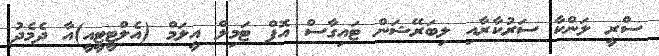
ސްރީ ލަންކާ ސަރުކާރާއި ލިބަރޭޝަން ޓައިގާސް އޮފް ޓަމިލް އީލަމް (އެލްޓީޓީއީ)އާ ދެމެދު